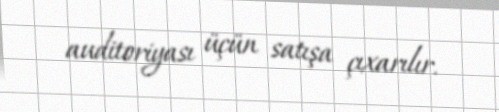
auditoriyası üçün satışa çıxarılır.